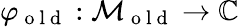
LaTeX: \varphi_{\mathrm{~o~l~d~}}:\mathcal{M}_{\mathrm{~o~l~d~}}\to\mathbb{C}